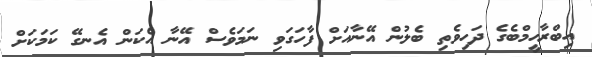
އިބްރާހީމްބެގެ ދަހިވެތި ބެލުން އޭނާއަށް ފާހަގަވި ނަމަވެސް އޭނާ އެކަން އެނގޭ ކަމަކަށް